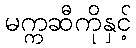
မက္ကဆီကိုနှင့်